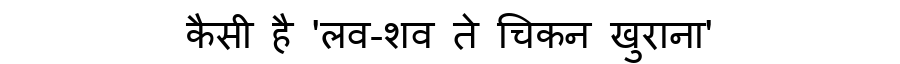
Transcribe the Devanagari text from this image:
कैसी है 'लव-शव ते चिकन खुराना'